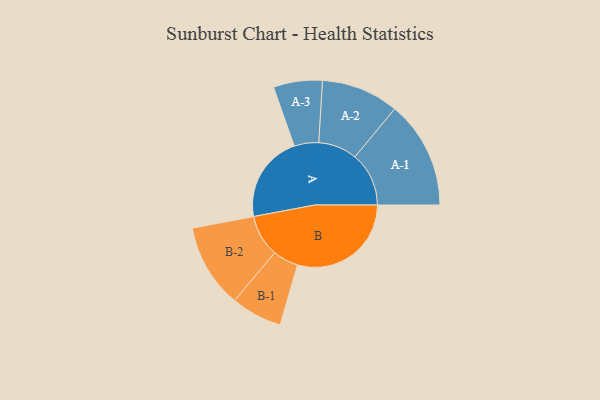
{"axis": {"x": "Segment", "y": "Value"}, "legend": ["", "A", "B"], "data": [{"x": "A", "y": 381, "type": ""}, {"x": "B", "y": 498, "type": ""}, {"x": "A-1", "y": 236, "type": "A"}, {"x": "A-2", "y": 170, "type": "A"}, {"x": "A-3", "y": 107, "type": "A"}, {"x": "B-1", "y": 112, "type": "B"}, {"x": "B-2", "y": 184, "type": "B"}]}